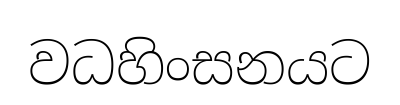
වධහිංසනයට